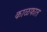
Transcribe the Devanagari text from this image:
काळफात